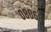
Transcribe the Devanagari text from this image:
०८०६८